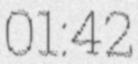
01:42